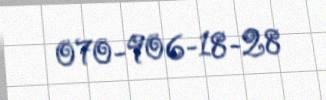
070-906-18-28